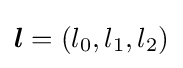
{\boldsymbol {l}}=(l_{0},l_{1},l_{2})